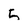
Character: 5